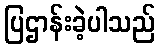
ပြဌာန်းခဲ့ပါသည်